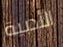
الأدبية